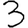
Digit: 3